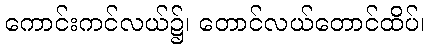
ကောင်းကင်လယ်၌၊ တောင်လယ်တောင်ထိပ်၊